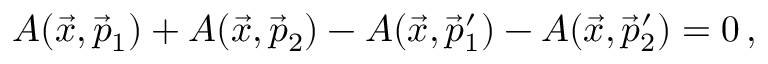
A ( \vec { x } , \vec { p } _ { 1 } ) + A ( \vec { x } , \vec { p } _ { 2 } ) - A ( \vec { x } , \vec { p } _ { 1 } ^ { \prime } ) - A ( \vec { x } , \vec { p } _ { 2 } ^ { \prime } ) = 0 \, ,